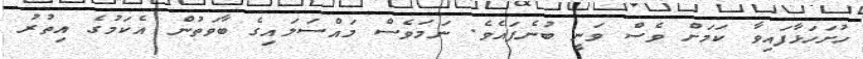
ހުށަހަޅާފައިވާ ކަމަށް ވެސް ވަނީ ބުނެފައެވެ. ނަމަވެސް މައްސަލައިގެ ބާވަތުން އެކަމުގެ އިތުރު